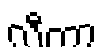
လီတာ